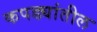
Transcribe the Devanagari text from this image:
कपड्यांतील